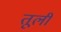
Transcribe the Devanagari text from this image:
तूली